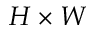
H \times W